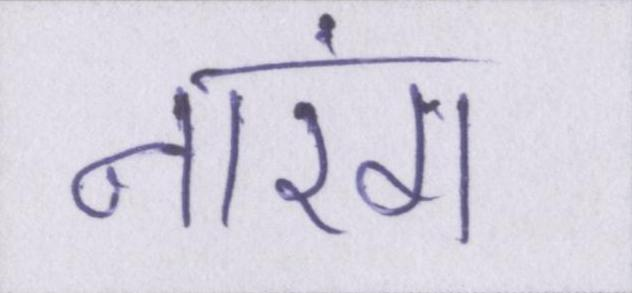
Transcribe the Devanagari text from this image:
नारंग